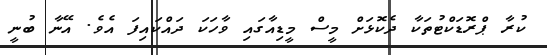
ކުރާ ޕްރޮޑަކްޓުތަކާ ދެކޮޅަށް މީސް މީޑިއާގައި ވާހަކަ ދައްކައިފަ އެވެ. އޭނާ ބުނީ